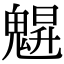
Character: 𩳪